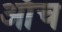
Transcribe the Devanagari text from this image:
ऑंच